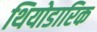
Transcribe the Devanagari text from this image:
थियोडारिक